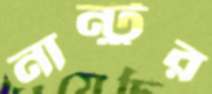
নান্টুর